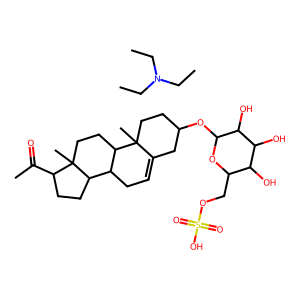
SMILES: CC(=O)C1CCC2C3CC=C4CC(OC5OC(COS(=O)(=O)O)C(O)C(O)C5O)CCC4(C)C3CCC12C.CCN(CC)CC
Inhibits HIV replication: No